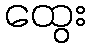
ထွေး